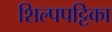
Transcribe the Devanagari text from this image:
शिल्पपट्टिका